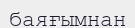
баяғымнан